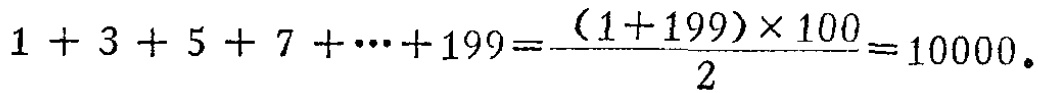
$1 + 3 + 5 + 7 + \cdots + 199=\frac{(1 + 199)\times 100}{2}=10000$